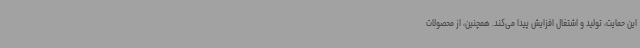
این حمایت، تولید و اشتغال افزایش پیدا می‌کند. همچنین، از محصولات